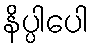
နိပ္ပါပေါ